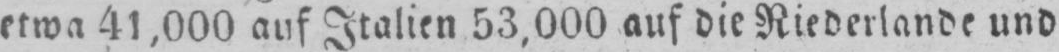
etwa 41,000 auf Italien 53,000 auf die Riederlande und